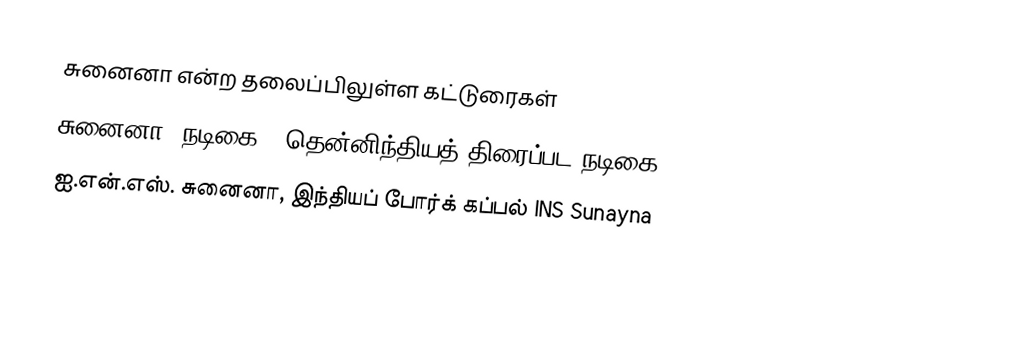
சுனைனா என்ற தலைப்பிலுள்ள கட்டுரைகள்
 சுனைனா (நடிகை), தென்னிந்தியத் திரைப்பட நடிகை
 ஐ.என்.எஸ். சுனைனா, இந்தியப் போர்க் கப்பல் INS Sunayna